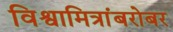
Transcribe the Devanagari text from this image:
विश्वामित्रांबरोबर